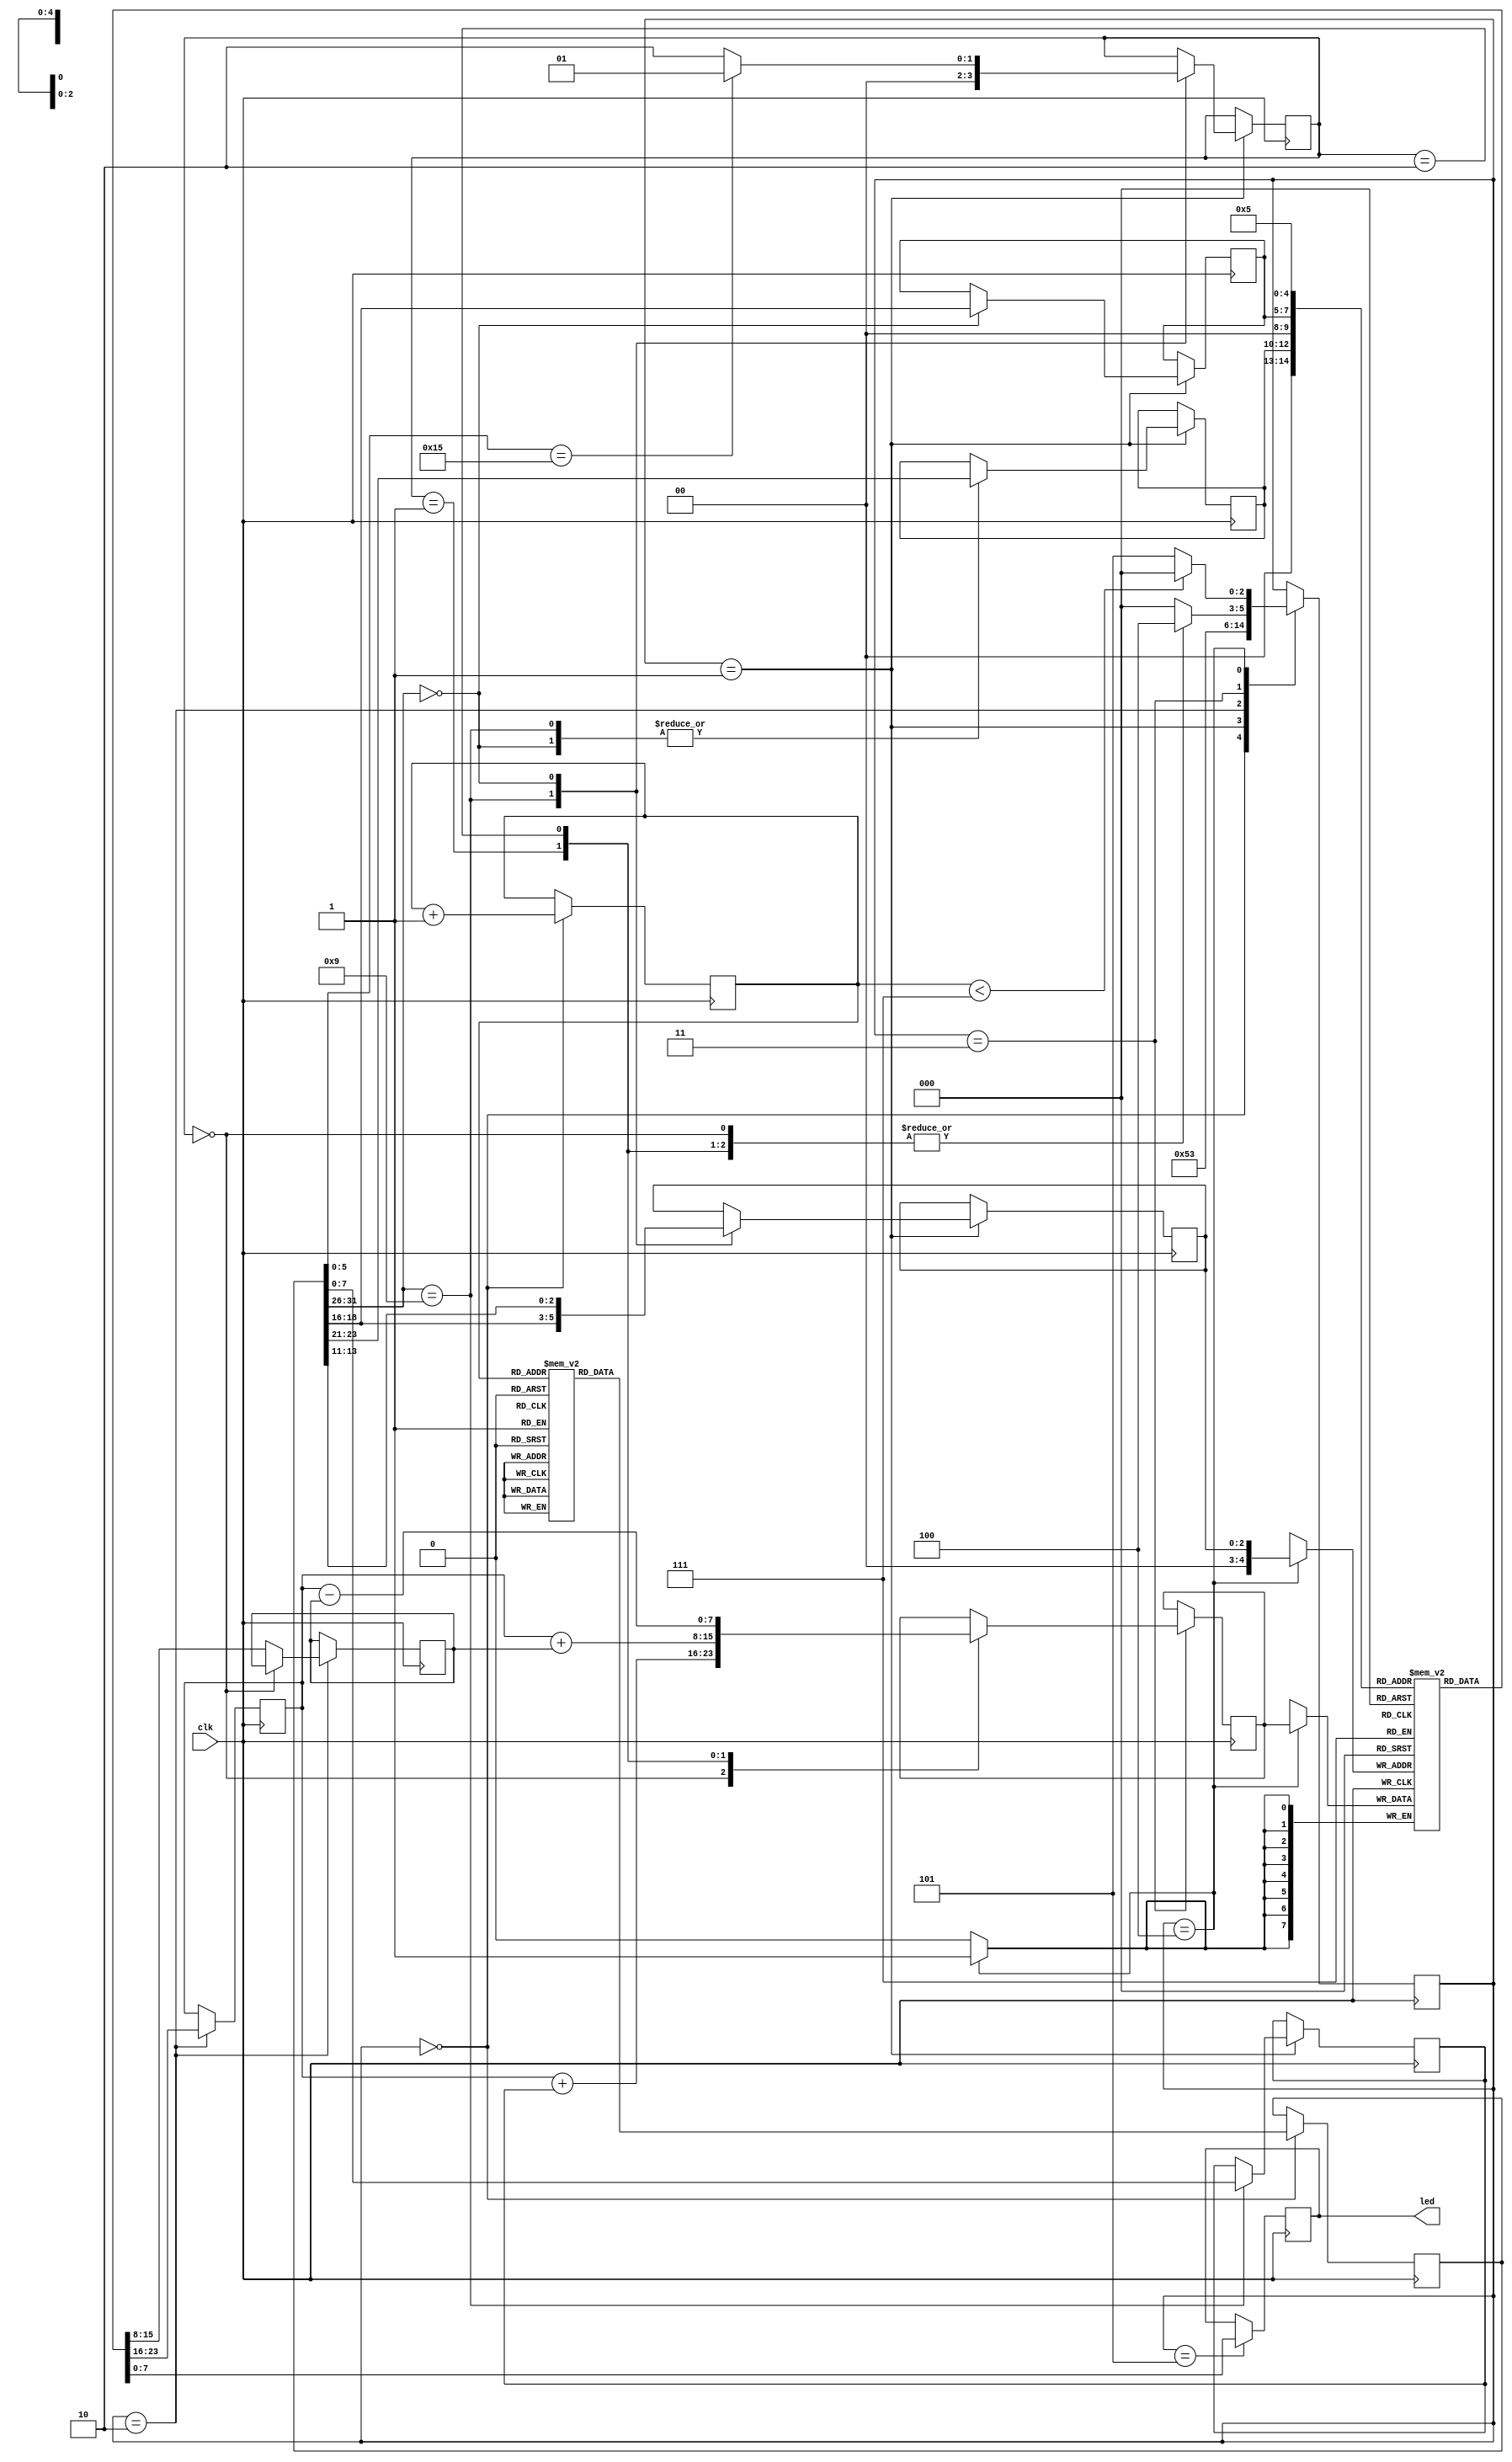
`timescale 1ns / 1ps
//////////////////////////////////////////////////////////////////////////////////
// Company: 
// Engineer: 
// 
// Design Name: 
// Module Name:    mips 
// Project Name: 
// Target Devices: 
// Tool versions: 
// Description: 
//
// Dependencies: 
//
// Revision: 
// Revision 0.01 - File Created
// Additional Comments: 
//
//////////////////////////////////////////////////////////////////////////////////
`define OUTPUT_REG 5
module mips(clk, led);
input clk;

output [7:0] led;
//output [7:0] read_data, read_data2, write_data, num;
//output [2:0] read_addr, read_addr2, write_addr;
//output [31:0] inst;
//output [2:0] state;
//output [1:0] operation;;

wire [7:0] led;

reg [2:0] state;
reg [2:0] PC;
reg [1:0] operation;
reg [2:0] MAX_PC = 3'b111;
reg [7:0] regFile[31:0];
reg [31:0] instMem[6:0];
reg [7:0] led_proxy;

reg [2:0] write_addr;
reg [2:0] read_addr;
reg [2:0] read_addr2;
reg [31:0] inst;
reg [7:0] read_data, read_data2, write_data, num;

initial begin
	regFile[0] = 8'd0;
	regFile[1] = 8'd0;
	regFile[2] = 8'd0;
	regFile[3] = 8'd0;
	regFile[4] = 8'd0;
	regFile[5] = 8'd0;
	regFile[6] = 8'd0;
	regFile[7] = 8'd0;
	regFile[8] = 8'd0;
	regFile[9] = 8'd0;
	regFile[10] = 8'd0;
	regFile[11] = 8'd0;
	regFile[12] = 8'd0;
	regFile[13] = 8'd0;
	regFile[14] = 8'd0;
	regFile[15] = 8'd0;
	regFile[16] = 8'd0;
	regFile[17] = 8'd0;
	regFile[18] = 8'd0;
	regFile[19] = 8'd0;
	regFile[20] = 8'd0;
	regFile[21] = 8'd0;
	regFile[22] = 8'd0;
	regFile[23] = 8'd0;
	regFile[24] = 8'd0;
	regFile[25] = 8'd0;
	regFile[26] = 8'd0;
	regFile[27] = 8'd0;
	regFile[28] = 8'd0;
	regFile[29] = 8'd0;
	regFile[30] = 8'd0;
	regFile[31] = 8'd0;
	state = 0;
	PC = 0;
end

initial begin
	instMem[0] = {6'b001001, 5'b00000, 5'b00001, 8'b00000000, 8'b00101101};
	instMem[1] = {6'b001001, 5'b00000, 5'b00010, 8'b00000000, 8'b01010011};
	instMem[2] = {6'b001001, 5'b00000, 5'b00011, 8'b11111111, 8'b11000100};
	instMem[3] = {6'b001001, 5'b00000, 5'b00100, 8'b11111111, 8'b10111011};
	instMem[4] = {6'b000000, 5'b00001, 5'b00010, 5'b00101, 5'b00000, 6'b010101};
	instMem[5] = {6'b000000, 5'b00011, 5'b00100, 5'b00110, 5'b00000, 6'b010101};
	instMem[6] = {6'b000000, 5'b00101, 5'b00110, 5'b00101, 5'b00000, 6'b010111};
end

assign led = led_proxy;

always@(posedge clk) begin
	case(state)
	0: begin
			inst <= instMem[PC];
			PC <= PC + 1;
			state <= 1;
		end
	1: begin
			case(inst[31:26])
			6'b001001: 	begin
								read_addr <= inst[25:21];
								write_addr <= inst[20:16];
								num <= inst[7:0];
								operation <= 2'b00;
							end
			6'b000000:  begin
								read_addr <= inst[25:21];
								read_addr2 <= inst[20:16];
								write_addr <= inst[15:11];
								if(inst[5:0] == 6'b010101) begin
									operation <= 2'b01;
								end
								else begin
									operation <= 2'b10;
								end
							end
			endcase
			state <= 2;
		end
	2: begin
			if(operation == 2'b00) begin
				read_data <= regFile[read_addr];
			end
			else begin
				read_data <= regFile[read_addr];
				read_data2 <= regFile[read_addr2];
			end
			state <= 3;
		end
	3: begin
			case(operation)
			2'b00:begin
						write_data <= read_data + num;
						state <= 4;
					end
			2'b01:begin
						write_data <= read_data + read_data2;
						state <= 4;
					end
			2'b10:begin
						write_data <= read_data - read_data2;
						state <= 4;
					end
			default: state <= 0;
			endcase
		end
	4: begin
			regFile[write_addr] <= write_data;
			if(PC < MAX_PC) begin
				state <= 0;
			end
			else begin
				state <= 5;
			end
		end
	5: led_proxy <= regFile[`OUTPUT_REG];
	endcase
end
endmodule